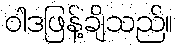
ဝါဒဖြန့်ချိသည်။